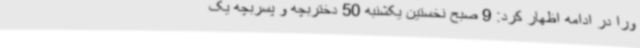
ورا در ادامه اظهار کرد: 9 صبح نخستین یکشنبه 50 دختربچه و پسربچه یک